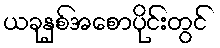
ယခုနှစ်အစောပိုင်းတွင်